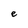
Character: e